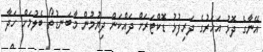
އޭނާގެ ދޮޅު އަހަރުގެ ދަރިފުޅު ޑޮކްޓަރަށް ދައްކަން ދިޔުމުން މާބަނޑުތޯ ބެލުމަށް ހަދާ